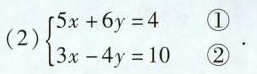
(1)$$\begin {cases} 5 x + 6 y = 4$$①\\ $$3